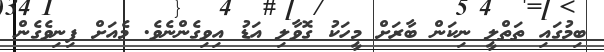
ބިމުގައި ތަތްލީ ނިކަން ބާރަށް މީހަކު ގޮވާލި އަޑު އިވިގެންނެވެ. މެއަށް ފިނިވެގެން